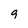
Character: 9